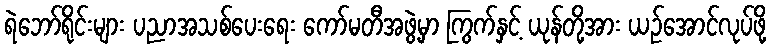
ရဲဘော်ရိုင်းများ ပညာအသစ်ပေးရေး ကော်မတီအဖွဲ့မှာ ကြွက်နှင့် ယုန်တို့အား ယဉ်အောင်လုပ်ဖို့